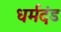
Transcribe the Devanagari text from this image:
धर्मदंड